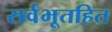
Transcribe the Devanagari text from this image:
सर्वभूतहित